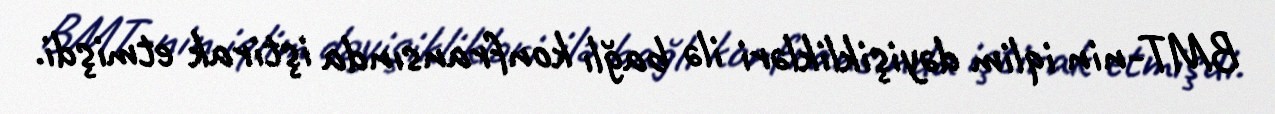
BMT-nin iqlim dəyişiklikləri ilə bağlı konfransında iştirak etmişdi.